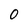
Character: 0